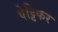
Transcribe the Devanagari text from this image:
पेट्टिफर